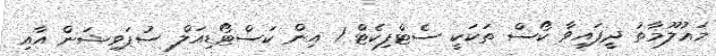
މަޢުލޫމާތު ދީފައިވާ ކޯސް ތަކަކީ ސެޓްފިކެޓް 1 އިން ކަސްޓޯޑިއަލް ސުޕަވިޝަން އާއި